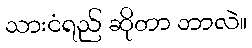
သားငံရည် ဆိုတာ ဘာလဲ။